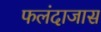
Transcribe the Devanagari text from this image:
फलंदाजास